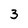
Character: 3